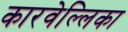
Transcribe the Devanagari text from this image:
कारवेल्लिका